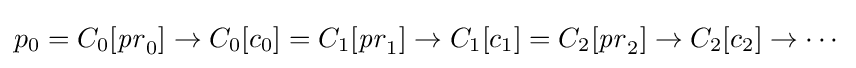
p_{0}=C_{0}[{\mathit {pr}}_{0}]\rightarrow C_{0}[c_{0}]=C_{1}[{\mathit {pr}}_{1}]\rightarrow C_{1}[c_{1}]=C_{2}[{\mathit {pr}}_{2}]\rightarrow C_{2}[c_{2}]\rightarrow \cdots